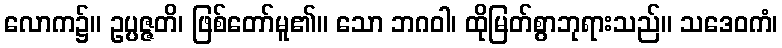
လောက၌။ ဥပ္ပဇ္ဇတိ၊ ဖြစ်တော်မူ၏။ သော ဘဂဝါ၊ ထိုမြတ်စွာဘုရားသည်။ သဒေဝကံ၊